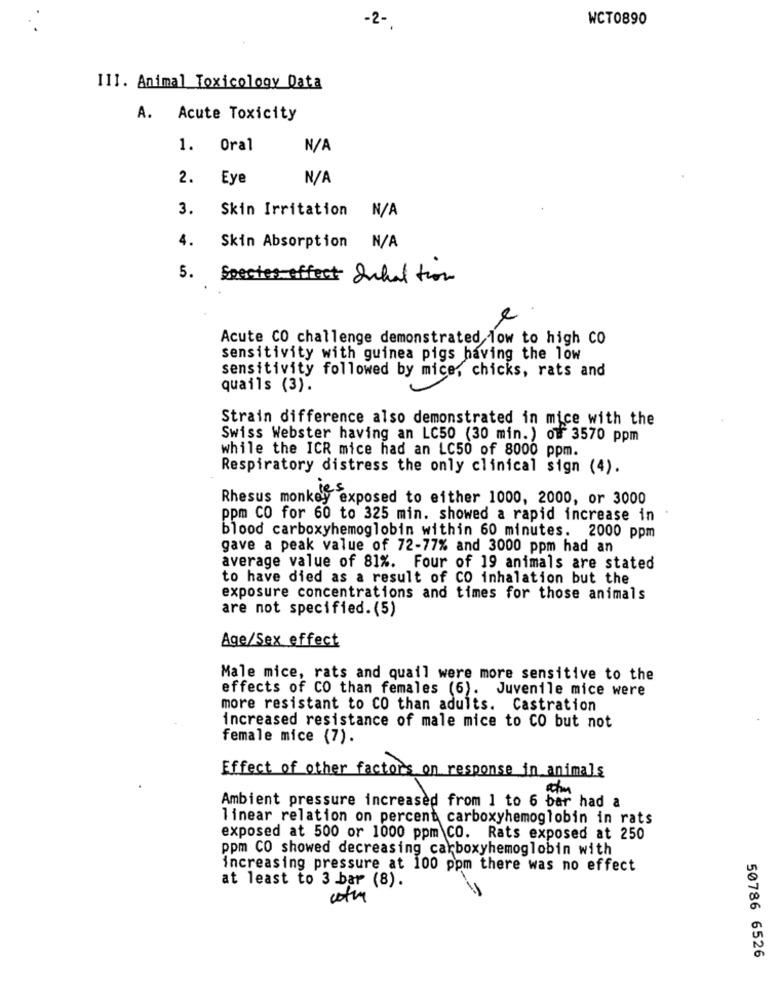
WCT0890
-2-
III. Animal Toxicology Data
A. Acute Toxicity
1. Oral
2. Eye
3.
Skin Irritation N/A
4.
Skin Absorption N/A
5.
Species effect Inhal ton
e
Acute CO challenge demonstrated Tow to high CO
sensitivity with guinea pigs having the low
sensitivity followed by mice, chicks, rats and
quails (3).
Strain difference also demonstrated in mice with the
Swiss Webster having an LC50 (30 min.) off 3570 ppm
while the ICR mice had an LC50 of 8000 ppm.
Respiratory distress the only clinical sign (4).
Rhesus monkey exposed to either 1000, 2000, or 3000
ppm CO for 60 to 325 min. showed a rapid increase in
blood carboxyhemoglobin within 60 minutes. 2000 ppm
gave a peak value of 72-77% and 3000 ppm had an
average value of 81%. Four of 19 animals are stated
to have died as a result of CO inhalation but the
exposure concentrations and times for those animals
are not specified. (5)
Age/Sex effect
Male mice, rats and quail were more sensitive to the
effects of CO than females (6). Juvenile mice were
more resistant to CO than adults. Castration
increased resistance of male mice to CO but not
female mice (7).
Effect of other factors on response in animals
Ambient pressure increased from 1 to 6 bar had a
linear relation on percent carboxyhemoglobin in rats
exposed at 500 or 1000 ppm CO. Rats exposed at 250
ppm CO showed decreasing carboxyhemoglobin with
increasing pressure at 100 ppm there was no effect
at least to 3 bar (8).
50786 6526